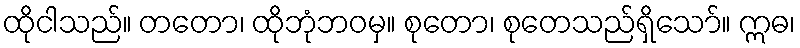
ထိုငါသည်။ တတော၊ ထိုဘုံဘဝမှ။ စုတော၊ စုတေသည်ရှိသော်။ ဣဓ၊